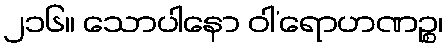
၂၁၆။ သောပါနော ဝါ’ရောဟဏဉ္စ၊